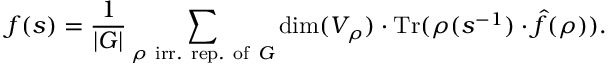
f ( s ) = { \frac { 1 } { | G | } } \sum _ { \rho { \mathrm { ~ i r r . ~ r e p . ~ o f ~ } } G } \dim ( V _ { \rho } ) \cdot { \mathrm { T r } } ( \rho ( s ^ { - 1 } ) \cdot { \hat { f } } ( \rho ) ) .